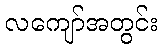
လကျော်အတွင်း